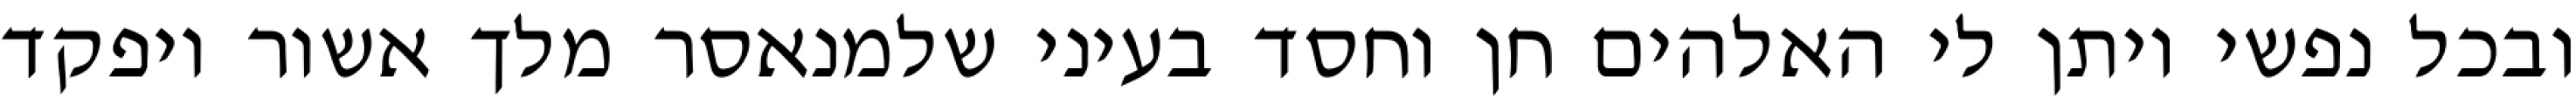
ובכל נפשי ויתן לי האלהים חן וחסד בעיני שלמנאסר מלך אשור ויפקד